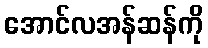
အောင်လအန်ဆန်ကို